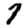
Digit: 7